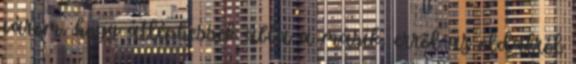
várom, hogy átléphessek abba a másik, erről az oldalról